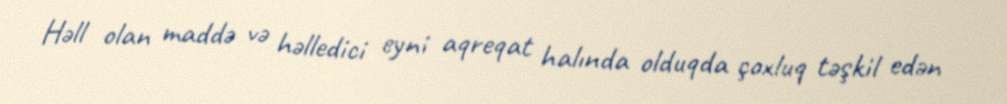
Həll olan maddə və həlledici eyni aqreqat halında olduqda çoxluq təşkil edən